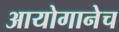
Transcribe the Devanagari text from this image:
आयोगानेच